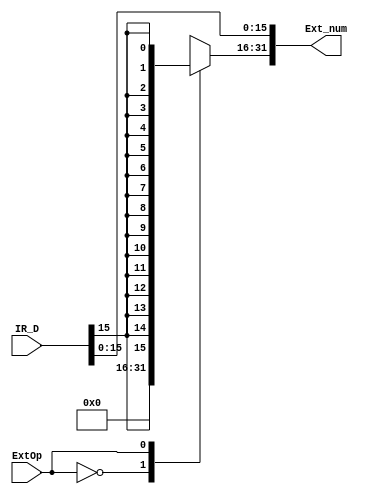
`timescale 1ns / 1ps
//////////////////////////////////////////////////////////////////////////////////
// Company: 
// Engineer: 
// 
// Design Name: 
// Module Name:    EXT 
// Project Name: 
// Target Devices: 
// Tool versions: 
// Description: 
//
// Dependencies: 
//
// Revision: 
// Revision 0.01 - File Created
// Additional Comments: 
//
//////////////////////////////////////////////////////////////////////////////////
module EXT(
    input [31:0] IR_D,
    input ExtOp,
    output reg[31:0] Ext_num
    );
	 wire [15:0] IR_i16_D;
	 assign IR_i16_D = IR_D[15:0];
	 always @* begin
	   case(ExtOp)
		   0: begin
			Ext_num[15:0] = IR_i16_D;
			Ext_num[31:16] = 0;
         end
			1: begin
			Ext_num[15:0] = IR_i16_D;
			Ext_num[31:16] = {16{IR_i16_D[15]}};
			end
		endcase
	 end


endmodule